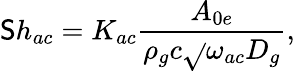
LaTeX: \mathsf{S}h_{ac}=K_{ac}\frac{{A_{0e}}}{{\rho_{g}c\sqrt{}{{\omega_{ac}D_{g}}}}},